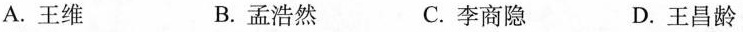
A.王维 B.孟浩然 C.李商隐 D.王昌龄